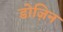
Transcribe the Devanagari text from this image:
डोज़िन